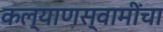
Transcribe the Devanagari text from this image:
कल्याणस्वामींचा